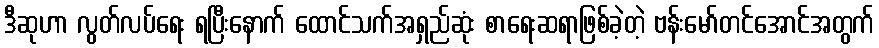
ဒီဆုဟာ လွတ်လပ်ရေး ရပြီးနောက် ထောင်သက်အရှည်ဆုံး စာရေးဆရာဖြစ်ခဲ့တဲ့ ဗန်းမော်တင်အောင်အတွက်